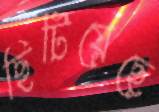
ছিটিয়েছে